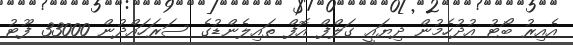
އެއިރު ބޯޓު އުދުހެމުން ދިޔައީ ގަލްފް އޮފް ތައިލެންޑުގެ ސަރަހައްދުން 33000 ފޫޓު